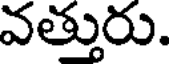
వత్తురు.